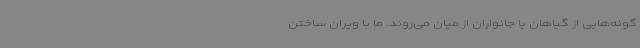
گونه‌‌هایی از گیاهان یا جانواران از میان می‌روند. ما با ویران ساختن